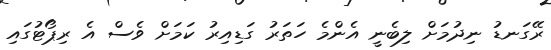
ރޭގަނޑު ނިދުމަށް ލިބެނީ އެންމެ ހަތަރު ގަޑިއިރު ކަމަށް ވެސް އެ ރިޕޯޓުގައި